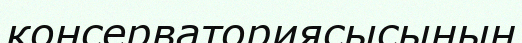
консерваториясысының